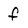
Character: f